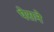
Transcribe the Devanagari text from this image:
पेराने